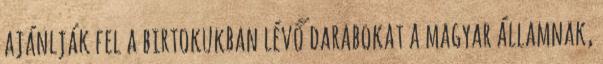
ajánlják fel a birtokukban lévő darabokat a magyar államnak,